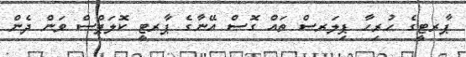
ޕާރޓީގެ ހުރިހާ ޕިލަރސް ތައް ގޮސް އޭނާގެ ޕާރޓީ ކޮލަޕްސް ވަން ދެން